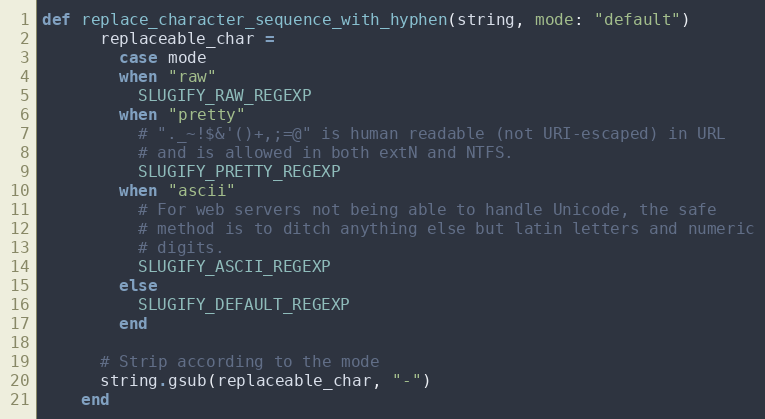
Language: Ruby
def replace_character_sequence_with_hyphen(string, mode: "default")
      replaceable_char =
        case mode
        when "raw"
          SLUGIFY_RAW_REGEXP
        when "pretty"
          # "._~!$&'()+,;=@" is human readable (not URI-escaped) in URL
          # and is allowed in both extN and NTFS.
          SLUGIFY_PRETTY_REGEXP
        when "ascii"
          # For web servers not being able to handle Unicode, the safe
          # method is to ditch anything else but latin letters and numeric
          # digits.
          SLUGIFY_ASCII_REGEXP
        else
          SLUGIFY_DEFAULT_REGEXP
        end

      # Strip according to the mode
      string.gsub(replaceable_char, "-")
    end